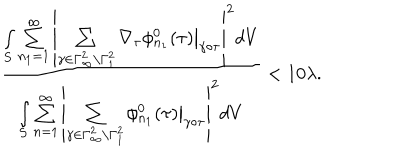
LaTeX: \frac { \int _ { S } \sum _ { n _ { 1 } = 1 } ^ { \infty } \left| \sum _ { \gamma \in \Gamma _ { \infty } ^ { 2 } \backslash \Gamma _ { 1 } ^ { 2 } } \nabla _ { \tau } \phi _ { n _ { 1 } } ^ { 0 } ( \tau ) \big | _ { \gamma \circ \tau } \right| ^ { 2 } d V } { \int _ { S } \sum _ { n = 1 } ^ { \infty } \left| \sum _ { \gamma \in \Gamma _ { \infty } ^ { 2 } \backslash \Gamma _ { 1 } ^ { 2 } } \phi _ { n _ { 1 } } ^ { 0 } ( \tau ) \big | _ { \gamma \circ \tau } \right| ^ { 2 } d V } < 1 0 \lambda .